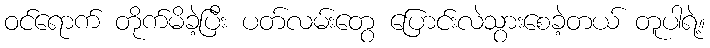
ဝင်ရောက် တိုက်မိခဲ့ပြီး ပတ်လမ်းတွေ ပြောင်းလဲသွားစေခဲ့တယ် တူပါရဲ့။